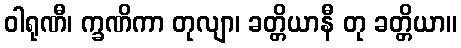
ဝါရုဏီ၊ က္ခဏိကာ တုလျာ၊ ခတ္တိယာနီ တု ခတ္တိယာ။